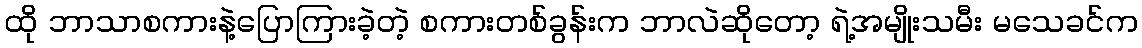
ထို ဘာသာစကားနဲ့ပြောကြားခဲ့တဲ့ စကားတစ်ခွန်းက ဘာလဲဆိုတော့ ရဲ့အမျိုးသမီး မသေခင်က